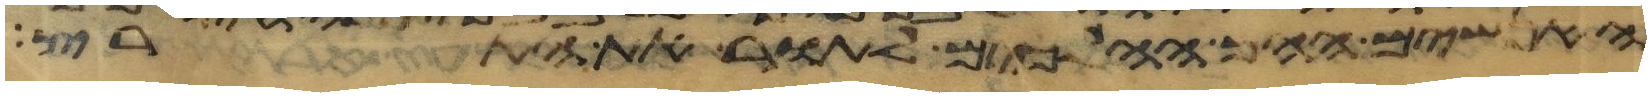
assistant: האנשים ההם ההלכים לתור את הארץ